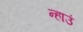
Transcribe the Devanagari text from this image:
न्हाउं